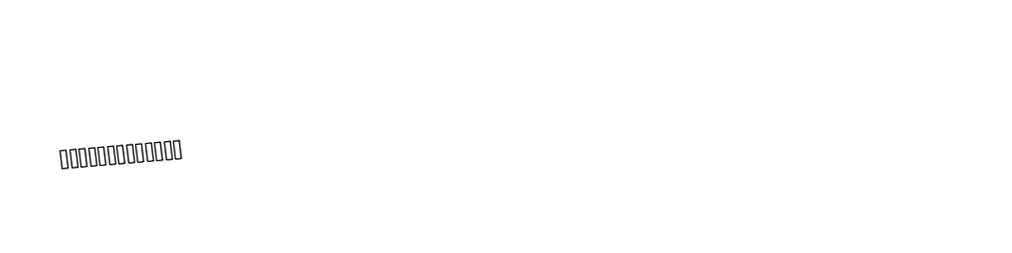
🤗🤗🤗🤗🤗🤗🤗🤗🤗🤗🤗🤗🤗